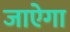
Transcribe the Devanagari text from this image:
जाऐगा